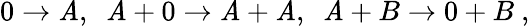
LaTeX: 0\to\mathit{A},\ \ \mathit{A}+0\to\mathit{A}+\mathit{A},\ \ \mathit{A}+B\to0+B\ ,